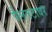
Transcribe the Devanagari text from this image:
पैलतटावर